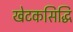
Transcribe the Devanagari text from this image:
खेटकसिद्धि